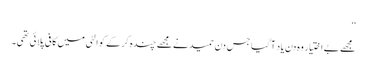
‘‘
مجھے بے اختیار وہ دن یاد آگیا جس دن حمید نے مجھے چندہ کر کے کوالٹی میں کافی پلائی تھی۔